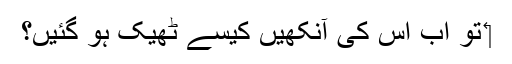
‏ تو اب اِس کی آنکھیں کیسے ٹھیک ہو گئیں؟